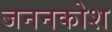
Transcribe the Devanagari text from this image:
जननकोश